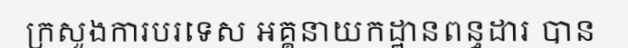
ក្រសួងការបរទេស អគ្គនាយកដ្ឋានពន្ធដារ បាន